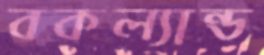
বকল্যান্ড